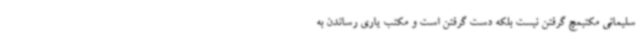
سلیمانی مکتبمچ گرفتن نیست بلکه دست گرفتن است و مکتب یاری رساندن به